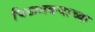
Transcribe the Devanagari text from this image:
चिखलदर्‍याच्या